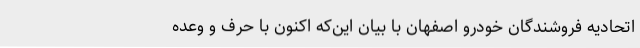
اتحادیه فروشندگان خودرو اصفهان با بیان این‌که اکنون با حرف و وعده